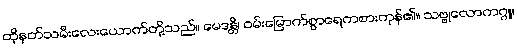
ထိုနတ်သမီးလေးယောက်တို့သည်။ မေဒန္တိ၊ ဝမ်းမြောက်စွာရေကစားကုန်၏။ သဗ္ဗုလောကဂ္ဂူ၊